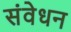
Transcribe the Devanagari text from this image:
संवेधन